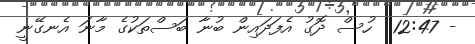
- 12:47  ހުސް ދޮގު އެފަދައިން ބުނާ ބަސްތަކުގެ މާނަ އެނގޭނީ